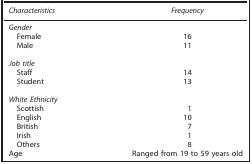
| Characteristics | Frequency |
 | --- | --- |
 | <COLSPAN=2> Gender |
 | Female | 16 |
 | Male | 11 |
 |  |  |
 | <COLSPAN=2> Job title |
 | Staff | 14 |
 | Student | 13 |
 |  |  |
 | <COLSPAN=2> White Ethnicity |
 | Scottish | 1 |
 | English | 10 |
 | British | 7 |
 | Irish | 1 |
 | Others | 8 |
 | Age | Ranged from 19 to 59 years old |